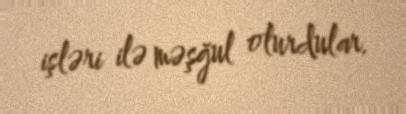
işləri ilə məşğul olurdular.